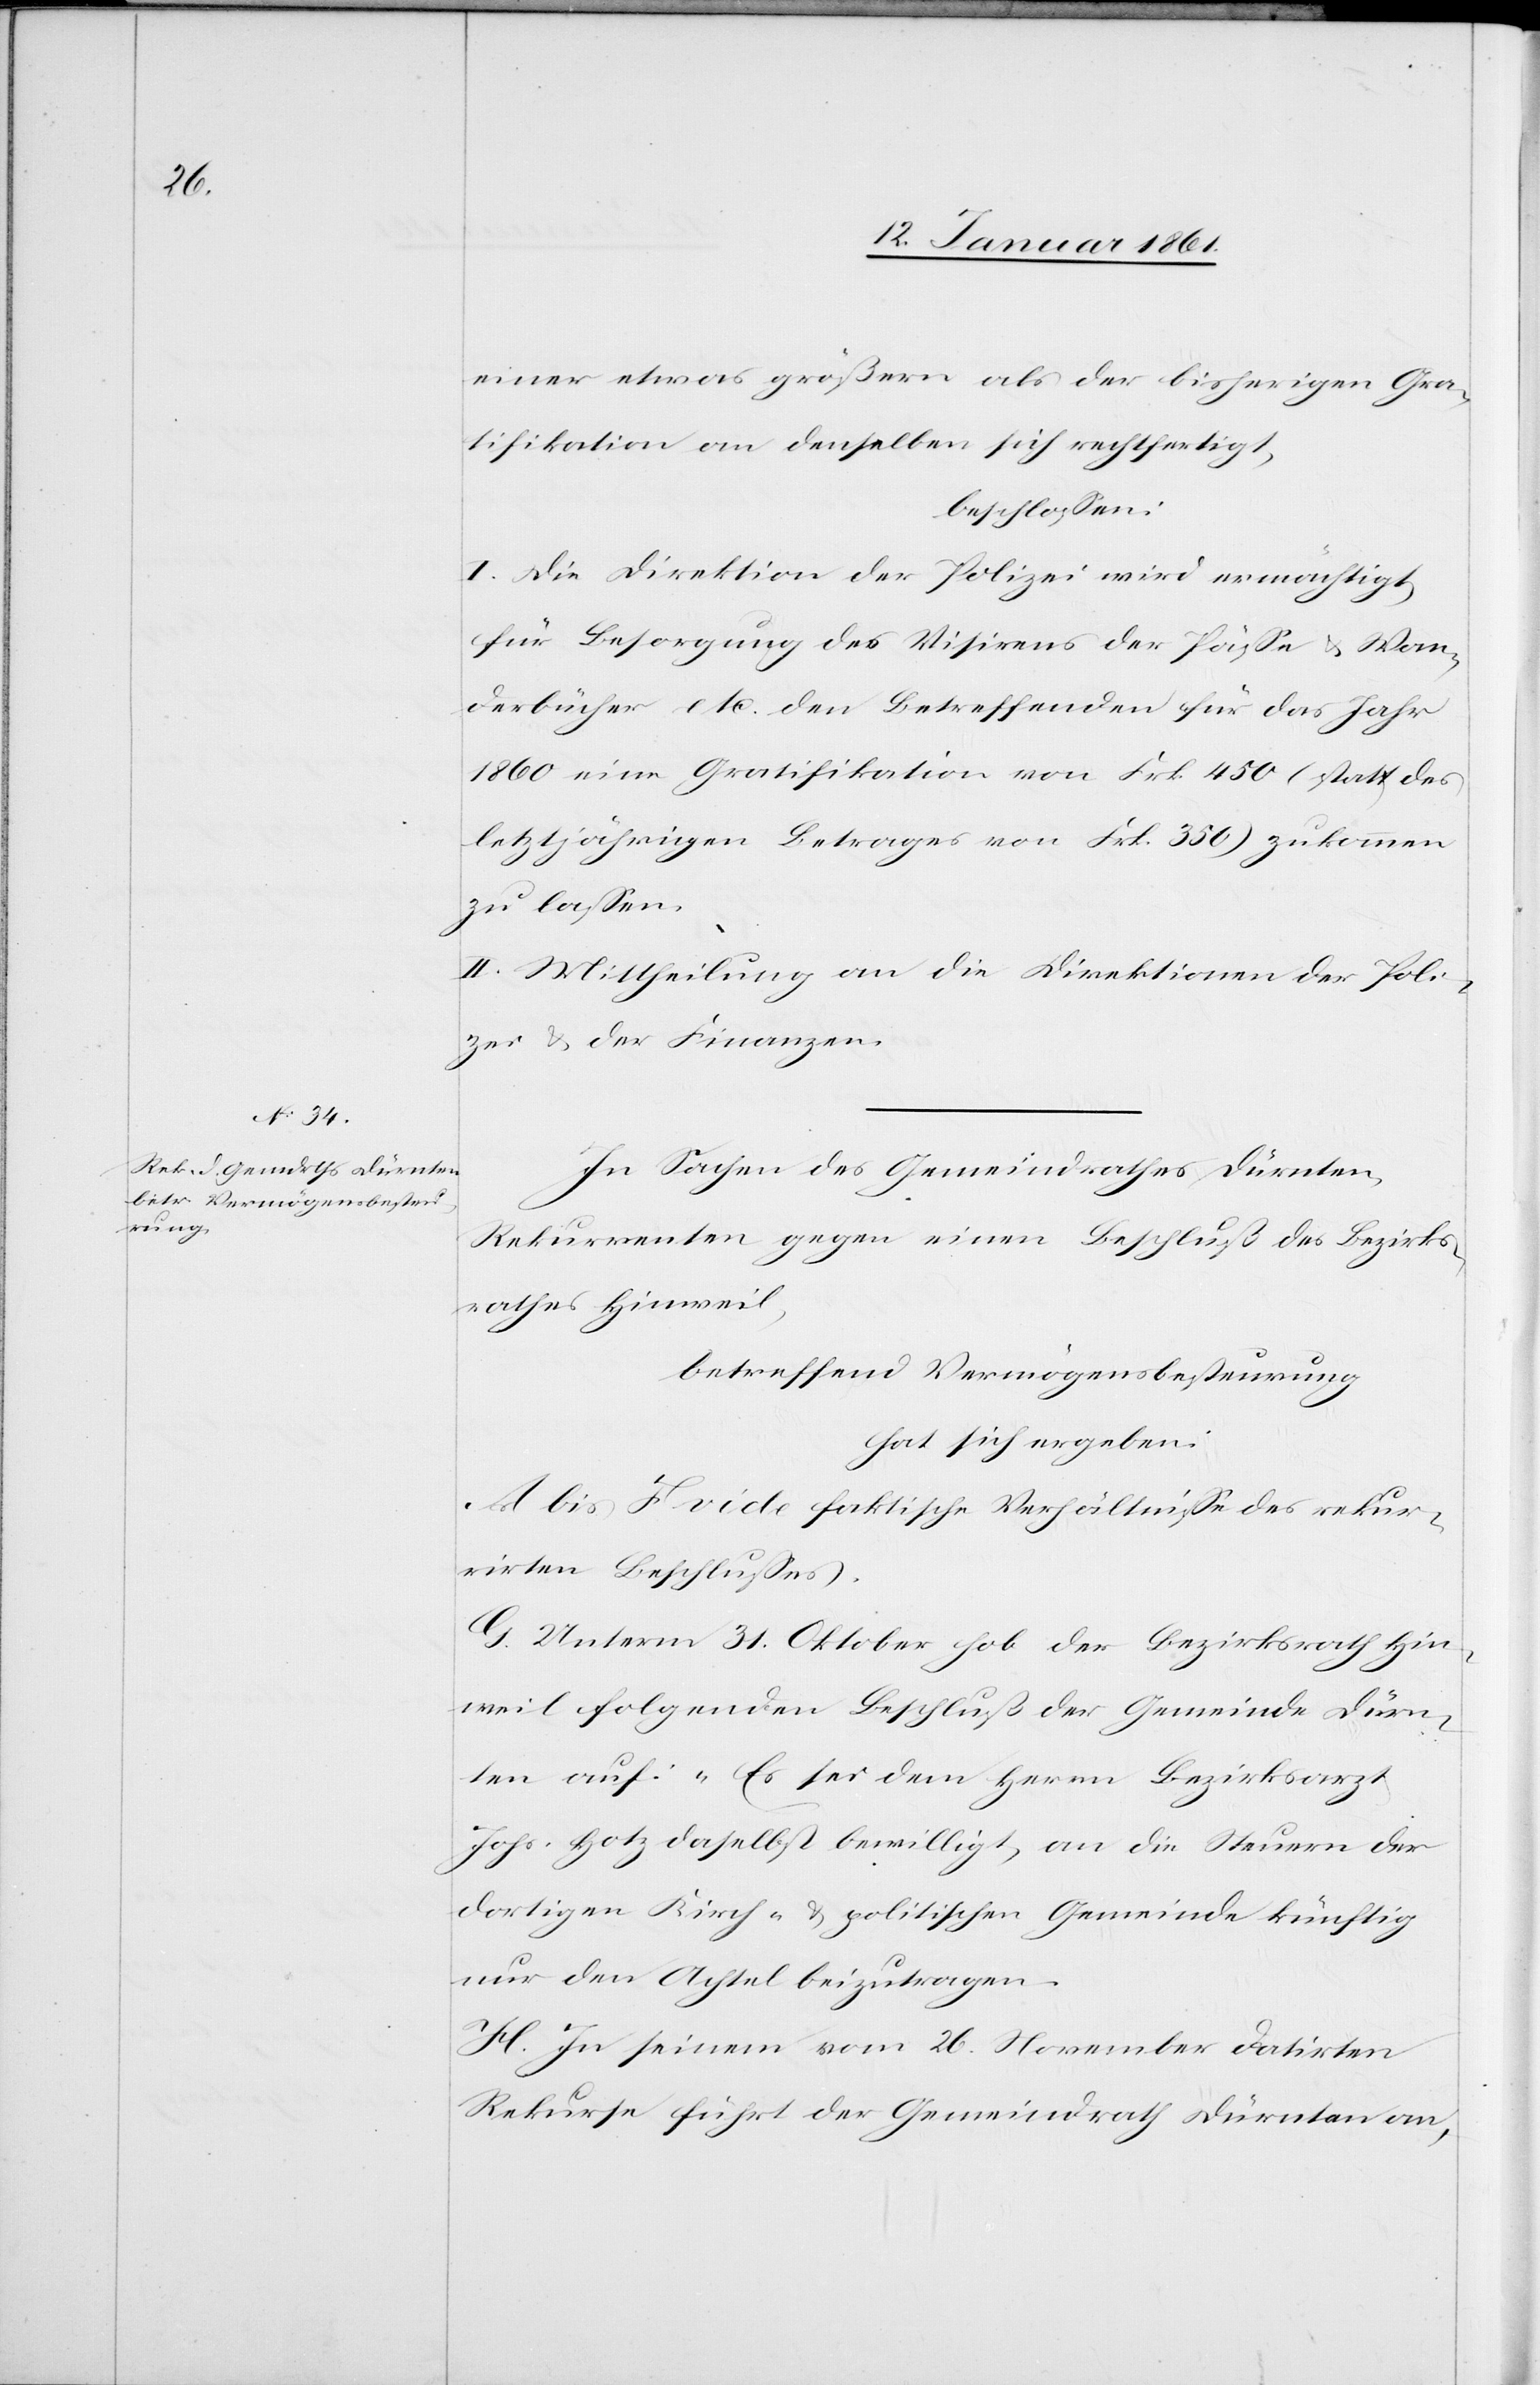
einer etwas größern als der bisherigen Gra¬
tifikation an denselben sich rechtfertigt,
beschlossen:
I. Die Direktion der Polizei wird ermächtigt,
für Besorgung des Visirens der Pässe u. Wan¬
derbücher etc. den Betreffenden für das Jahr
1860 eine Gratifikation von Frk. 450 (statt des
letztjährigen Betrages von Frk. 350.) zukommen
zu lassen.
II. Mittheilung an die Direktion der Poli¬
zei u. der Finanzen.
In Sachen des Gemeindrathes Dürnten,
Rekurrenten gegen einen Beschluß des Bezirks¬
rathes Hinweil,
betreffend Vermögensbesteurung
hat sich ergeben:
A. bis F vide faktische Verhältnisse des rekur¬
rirten Beschlusses.
G. Unterm 31. Oktober hob der Bezirksrath Hin¬
weil folgenden Beschluß der Gemeinde Dürn¬
ten auf: „Es sei dem Herrn Bezirksarzt
Johs. Hotz daselbst bewilligt, an die Steuern der
dortigen Kirch- u. politischen Gemeinde künftig
nur den Achtel beizutragen.[“]
H. In seinem vom 26. November datirten
Rekurse führt der Gemeindrath Dürnten an,